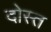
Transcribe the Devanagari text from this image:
दोस्त